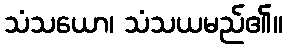
သံသယော၊ သံသယမည်၏။